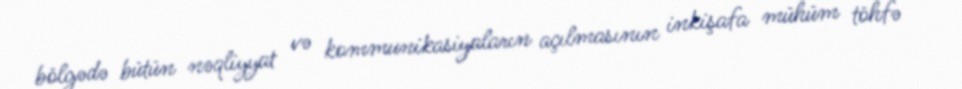
bölgədə bütün nəqliyyat və kommunikasiyaların açılmasının inkişafa mühüm töhfə